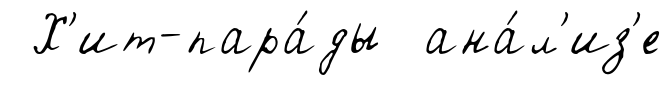
Х'ит-пара́ды ана́л'из'е